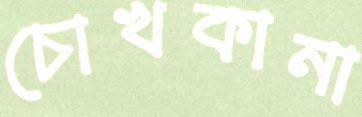
চোখকানা